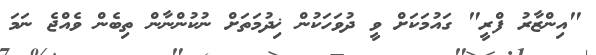
"އިންޒާރު ފްރީ" ގައުމަކަށް ވީ ދުވަހަކުން ޚިދުމަތަށް ނުކުންނާން ތިބެން ވެއްޖެ ނަމަ